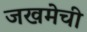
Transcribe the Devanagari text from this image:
जखमेची